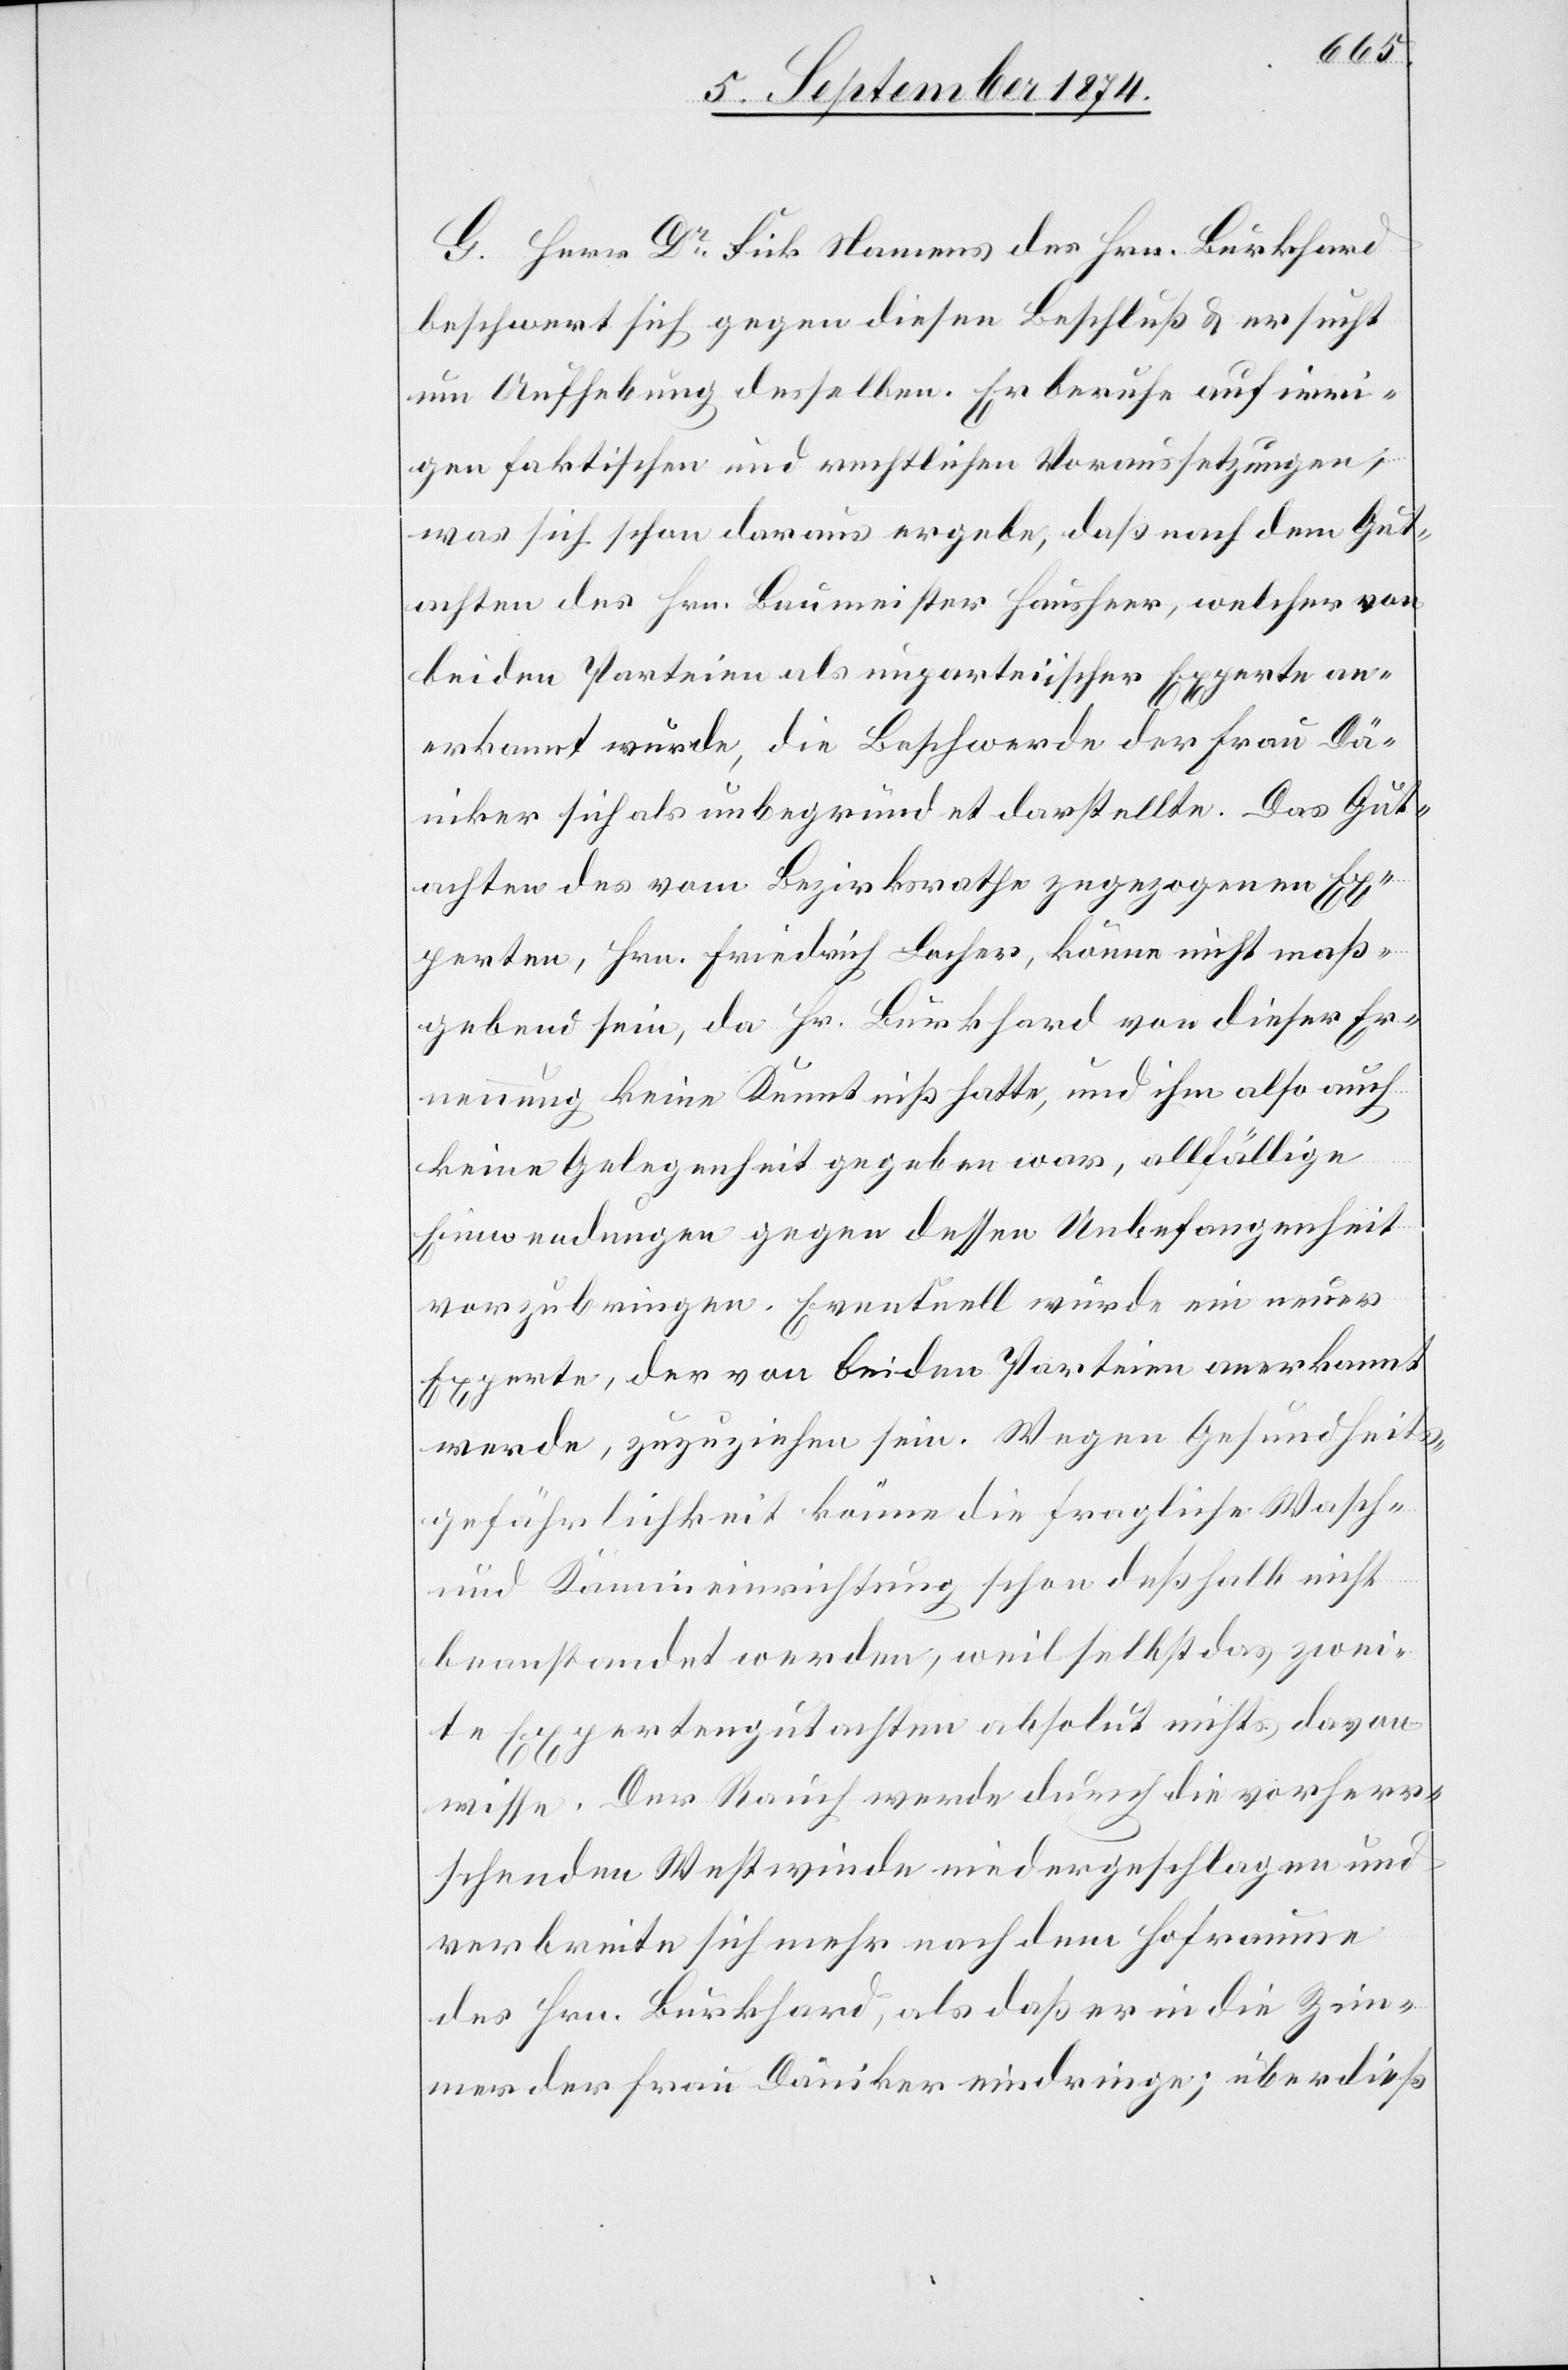
G. Herr Dr Fick Namens des Hrn. Burkhard
beschwert sich gegen diesen Beschluß u. ersucht
um Aufhebung desselben. Er beruhe auf irri¬
gen faktischen und rechtlichen Voraussetzungen,
was sich schon daraus ergebe, daß nach dem Gut¬
achten des Hrn. Baumeister Hausheer, welcher von
beiden Parteien als unparteiischer Experte an¬
erkannt wurde, die Beschwerde der Frau Dä¬
niker sich als unbegründet darstellte. Das Gut¬
achten des vom Bezirksrathe zugezogenen Ex¬
perten, Hrn. Friedrich Locher, könne nicht maß¬
gebend sein, da Hr. Burkhard von dieser Er¬
nennung keine Kenntniß hatte, und ihm also auch
keine Gelegenheit gegeben war, allfällige
Einwendungen gegen dessen Unbefangenheit
vorzubringen. Eventuell werde ein neuer
Experte, der von beiden Parteien anerkannt
werde, zuzuziehen sein. Wegen Gesundheits¬
gefährlichkeit könne die fragliche Wasch-
und Kamineinrichtung schon deßhalb nicht
beanstandet werden, weil selbst das zwei¬
te Expertengutachten absolut nichts davon
wisse. Der Rauch werde durch die vorherr¬
schenden Westwinde niedergeschlagen und
verbreite sich mehr nach dem Hofraume
des Hrn. Burkhard, als daß er in die Zim¬
mer der Frau Däniker eindringe; überdieß